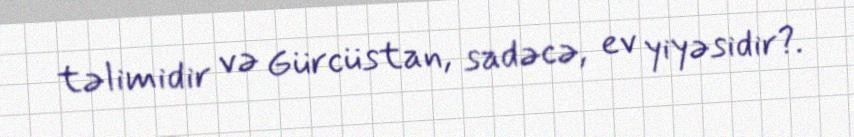
təlimidir və Gürcüstan, sadəcə, ev yiyəsidir?.